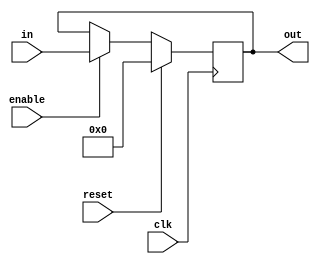
`timescale 1ns / 1ps

module Register_32bit(out,in,enable,reset,clk);

parameter   DATA_WIDTH = 32; // default

input   [DATA_WIDTH-1:0] in;
input    enable, reset, clk;

output reg [DATA_WIDTH-1:0] out;

always @(posedge clk) begin

    if (reset) begin
        out = 0;
    end else begin
        if (enable) begin
            out = in;
        end
    end
end

endmodule